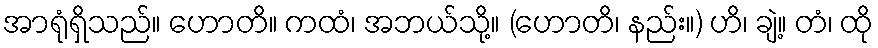
အာရုံရှိသည်။ ဟောတိ။ ကထံ၊ အဘယ်သို့။ (ဟောတိ၊ နည်း။) ဟိ၊ ချဲ့။ တံ၊ ထို